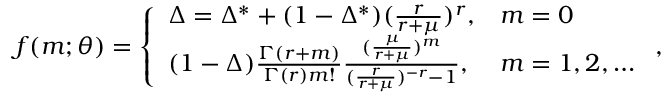
\begin{array} { r l } & { f ( m ; \theta ) = \left\{ \begin{array} { l l } { \Delta = \Delta ^ { * } + ( 1 - \Delta ^ { * } ) ( \frac { r } { r + \mu } ) ^ { r } , } & { m = 0 } \\ { ( 1 - \Delta ) \frac { \Gamma ( r + m ) } { \Gamma ( r ) m ! } \frac { ( \frac { \mu } { r + \mu } ) ^ { m } } { ( \frac { r } { r + \mu } ) ^ { - r } - 1 } , } & { m = 1 , 2 , \dots } \end{array} \right. , } \end{array}